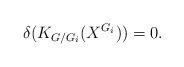
LaTeX: \begin{align*}\delta(K_{G/G_i}(X^{G_i})) = 0.\end{align*}